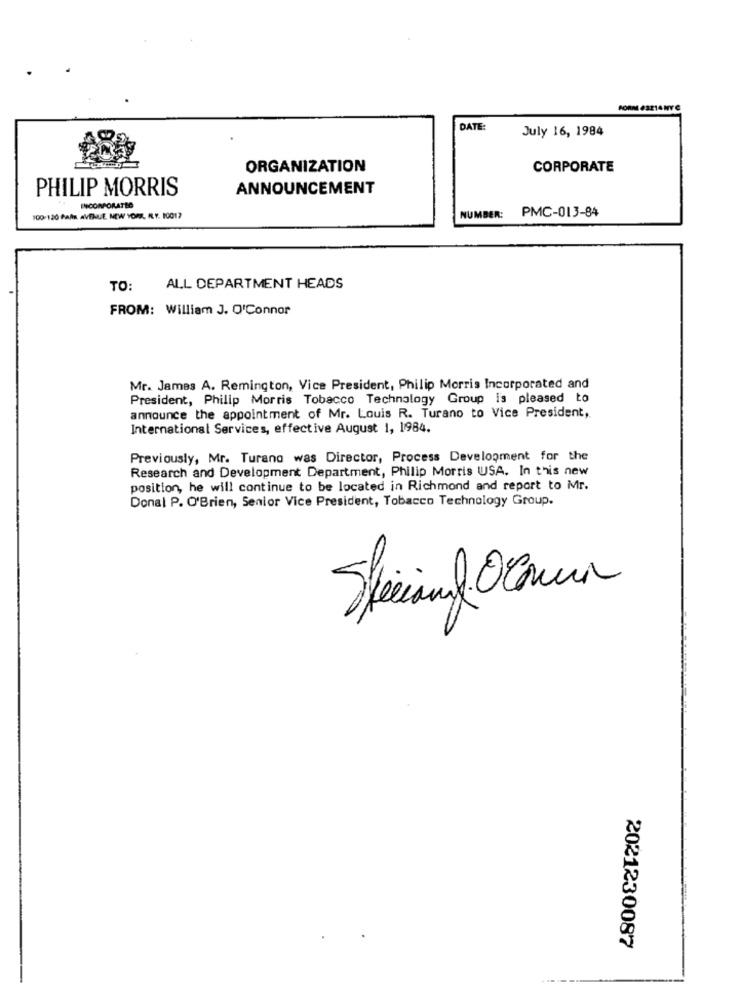
DATE:
July 16, 1984
ORGANIZATION
CORPORATE
PHILIP MORRIS
ANNOUNCEMENT
INCORPORATEC
PMC-013-84
100-120 Palin AVENUE NEW YORK, IL.Y. 10017
NUMBER:
TO:
ALL DEPARTMENT HEADS
FROM: William J. O'Connor
Mr. James A. Remington, Vice President, Philip Morris Incorporated and
President, Philip Morris Tobacco Technology Group is pleased to
announce the appointment of Mr. Louis R. Turano to Vice President,
International Services, effective August 1, 1984.
Previously, Mr. Turano was Director, Process Development for the
Research and Development Department, Philip Morris USA. In this new
position, he will continue to be located in Richmond and report to Mr.
Donal P. O'Brien, Senior Vice President, Tobacco Technology Group.
Seeing Ocomun
2021230087